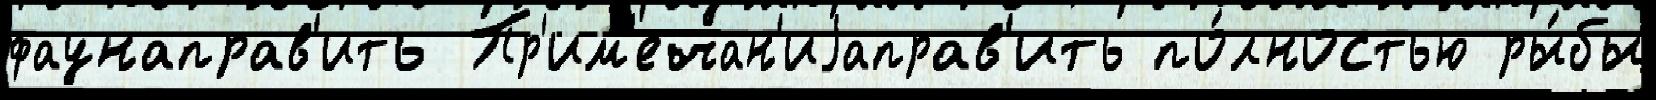
фаунаправ'ить Пр'им'ечан'иjаправ'ить по́лностью ры́бы